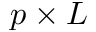
p \times L